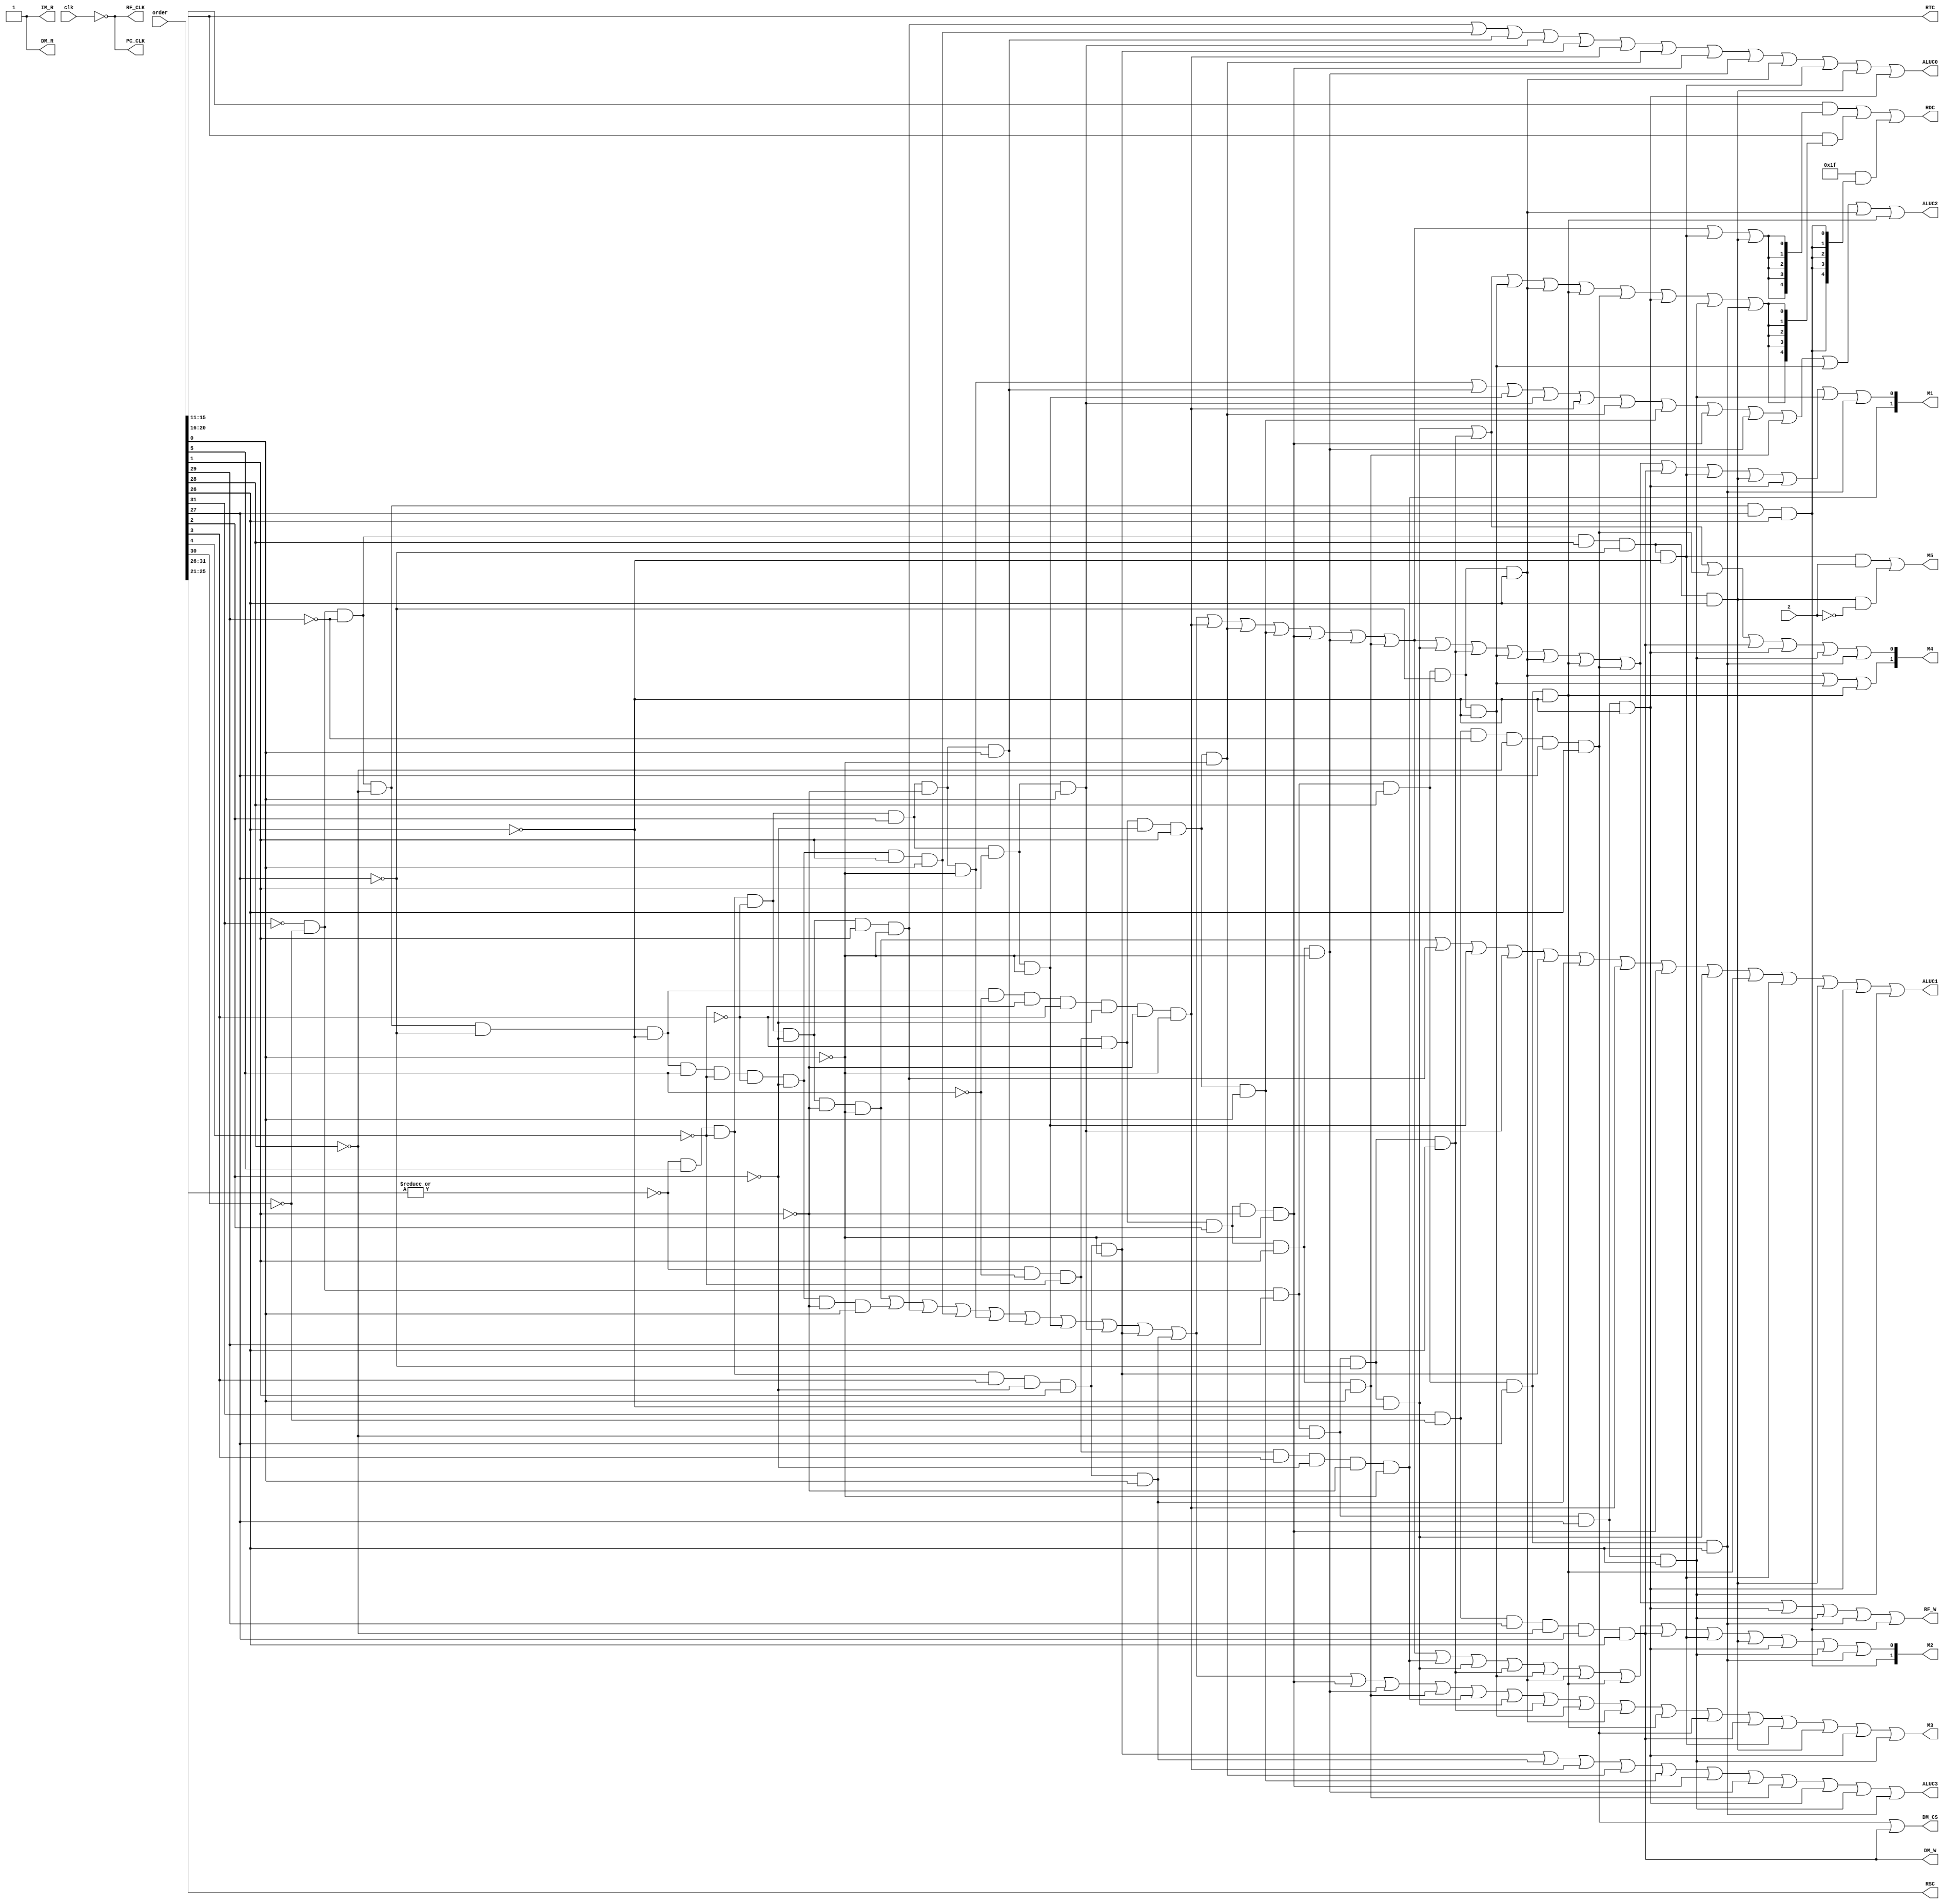
`timescale 1ns / 1ps
//////////////////////////////////////////////////////////////////////////////////
// Company: 
// Engineer: 
// 
// Design Name: 
// Module Name:    control 
// Project Name: 
// Target Devices: 
// Tool versions: 
// Description: 
//
// Dependencies: 
//
// Revision: 
// Revision 0.01 - File Created
// Additional Comments: 
//
//////////////////////////////////////////////////////////////////////////////////
module control(
	 input [31:0] order,
	 input clk,
	 input z,
	 output PC_CLK,
	 output IM_R,
	 output [4:0] RSC,
	 output [4:0] RTC,
	 output M3,
	 output [1:0] M4,
	 output ALUC3,
	 output ALUC2,
	 output ALUC1,
	 output ALUC0,
	 output [1:0] M2,
	 output [4:0] RDC,
	 output RF_W,
	 output RF_CLK,
	 output M5,
	 output [1:0] M1,
	 output DM_CS,
	 output DM_R,
	 output DM_W
    );
	 wire [5:0] op = order[31:26];
	 wire [5:0] func = order[5:0];
	 wire r_type = ~|op;
	 
	 wire op_addu = ~order[31]&~order[30]&~order[29]&~order[28]&~order[27]&~order[26]&order[5]&~order[4]&~order[3]&~order[2]&~order[1]&order[0];  //op_0 addu
	 //wire op_0=r_type&func[5]&~func[4]&~func[3]&~func[2]&~func[1]&func[0];

	 wire op_subu = ~order[31]&~order[30]&~order[29]&~order[28]&~order[27]&~order[26]&order[5]&~order[4]&~order[3]&~order[2]&order[1]&order[0];  //op_1 sub
	 //wire op_1=r_type&func[5]&~func[4]&~func[3]&~func[2]&func[1]&func[0];

	 wire op_ori = ~order[31]&~order[30]&order[29]&order[28]&~order[27]&order[26];  //op_2 ori
    //wire op_2=~op[5]&~op[4]&op[3]&op[2]&~op[1]&op[0];
	 
	 wire op_sll = ~order[31]&~order[30]&~order[29]&~order[28]&~order[27]&~order[26]&~order[5]&~order[4]&~order[3]&~order[2]&~order[1]&~order[0]; // op_3 sll
	 //wire op_3=r_type&~func[5]&~func[4]&~func[3]&~func[2]&~func[1]&~func[0];
	 
	 wire op_beq = ~order[31]&~order[30]&~order[29]&order[28]&~order[27]&~order[26];  //op_4 beq
	 //wire op_4=~op[5]&~op[4]&~op[3]&op[2]&~op[1]&~op[0];

	

	 wire op_lw = order[31]&~order[30]&~order[29]&~order[28]&order[27]&order[26];  //op_6 LW
	 //wire op_6=op[5]&~op[4]&~op[3]&~op[2]&op[1]&op[0];
	 
	 wire op_sw = order[31]&~order[30]&order[29]&~order[28]&order[27]&order[26];  //op_7 SW
	// wire op_7=op[5]&~op[4]&op[3]&~op[2]&op[1]&op[0];
	 
    wire op_add = r_type & func[5]&~func[4]&~func[3]&~func[2]&~func[1]&~func[0]; // add 000000 100000
	 wire op_sub = r_type & func[5]&~func[4]&~func[3]&~func[2]&func[1]&~func[0]; // sub 000000 100010
	 wire op_and = r_type & func[5]&~func[4]&~func[3]&func[2]&~func[1]&~func[0]; // and 000000 100100
	 wire op_or = r_type & func[5]&~func[4]&~func[3]&func[2]&~func[1]&func[0];   // or 000000 100101
	 wire op_xor = r_type & func[5]&~func[4]&~func[3]&func[2]&func[1]&~func[0];  // xor 000000 100110
	 wire op_nor = r_type & func[5]&~func[4]&~func[3]&func[2]&func[1]&func[0];   // nor 000000 100111
	 wire op_slt = r_type & func[5]&~func[4]&func[3]&~func[2]&func[1]&~func[0];  //slt 000000 101010
	 wire op_sltv = r_type & func[5]&~func[4]&func[3]&~func[2]&func[1]&func[0];  //sltv 000000 101011
	 //wire op_sll = r_type & ~func[5]&func[4]&func[3]&func[2]&func[1]&func[0];
	 wire op_srl = r_type & ~func[5]&~func[4]&~func[3]&~func[2]&func[1]&~func[0];  //srl 000010
	 wire op_sra = r_type & ~func[5]&~func[4]&~func[3]&~func[2]&func[1]&func[0];   //sra 000011
	 wire op_sllv = r_type & ~func[5]&~func[4]&~func[3]&func[2]&~func[1]&~func[0]; //sllv 000100
	 wire op_srlv = r_type & ~func[5]&~func[4]&~func[3]&func[2]&func[1]&~func[0]; //srlv 000110
	 wire op_srav = r_type & ~func[5]&~func[4]&~func[3]&func[2]&func[1]&func[0];   //srlv 000111 
	 wire op_jr = r_type & ~func[5]&~func[4]&func[3]&~func[2]&~func[1]&~func[0];      // j 001000
	 
	 wire op_addi = ~op[5]&~op[4]&op[3]&~op[2]&~op[1]&~op[0];  //addi 001000
	 wire op_addiu = ~op[5]&~op[4]&op[3]&~op[2]&~op[1]&op[0];  //addiu 001001
	 wire op_andi =  ~op[5]&~op[4]&op[3]&op[2]&~op[1]&~op[0];  //andi 001100
	 wire op_xori = ~op[5]&~op[4]&op[3]&op[2]&op[1]&~op[0];    //xori 001110
    wire op_bne = ~op[5]&~op[4]&~op[3]&op[2]&~op[1]&op[0];  //bne 000101
	 wire op_slti = ~op[5]&~op[4]&op[3]&~op[2]&op[1]&~op[0];  //slti 001010
	 wire op_sltiu = ~op[5]&~op[4]&op[3]&~op[2]&op[1]&op[0];  //sltiu 001011
	 wire op_lui = ~op[5]&~op[4]&op[3]&op[2]&op[1]&op[0];     //lui 001111
	 
	 wire op_J = ~order[31]&~order[30]&~order[29]&~order[28]&order[27]&~order[26];  //op_5 J target
	 //wire op_5=~op[5]&~op[4]&~op[3]&~op[2]&op[1]&~op[0];
	 wire op_jal = ~op[5]&~op[4]&~op[3]&~op[2]&op[1]&op[0];    //jal 000011
	 
	 
	 
	 assign PC_CLK = ~clk;
	 assign IM_R = 1'b1;
	 assign RSC = order[25:21];
	 assign RTC = order[20:16];
	 assign ALUC3 = op_slt|op_sltv|op_sll|op_srl|op_sra|op_sllv|op_srlv|op_srav|op_slti|op_sltiu|op_lui;
	 assign ALUC2 = op_and|op_or|op_xor|op_nor|op_sll|op_srl|op_sra|op_sllv|op_srlv|op_srav|op_andi|op_ori|op_xori;
	 assign ALUC1 = op_add|op_sub|op_xor|op_nor|op_slt|op_sltv|op_sll|op_sllv|op_addi|op_xori|op_beq|op_bne|op_slti|op_sltiu;
	 assign ALUC0 = op_sub|op_subu|op_or|op_nor|op_slt|op_sll|op_srl|op_sllv|op_srlv|op_ori|op_beq|op_bne|op_slti;
	 
	 assign M1[0]= op_add|op_addu|op_sub|op_subu|op_and|op_or|op_xor|op_nor|op_slt|op_sltv|op_sll|op_srl|op_sra|op_sllv|op_srlv|op_srav|op_addi|op_addiu|op_andi|op_ori|op_xori|op_lw|op_sw|op_beq|op_bne|op_slti|op_sltiu|op_lui;
	 assign M1[1] = op_jr; 
	 assign M2[0]= op_add|op_addu|op_sub|op_subu|op_and|op_or|op_xor|op_nor|op_slt|op_sltv|op_sll|op_srl|op_sra|op_sllv|op_srlv|op_srav|op_jr|op_addi|op_addiu|op_andi|op_ori|op_xori|op_sw|op_beq|op_bne|op_slti|op_sltiu|op_lui;
	 assign M2[1] = op_jal;
	 assign M3 = op_add|op_addu|op_sub|op_subu|op_and|op_or|op_xor|op_nor|op_slt|op_sltv|op_sllv|op_srlv|op_srav|op_jr|op_addi|op_addiu|op_andi|op_ori|op_xori|op_lw|op_sw|op_beq|op_bne|op_slti|op_sltiu;
	 assign M4[0] = op_addi|op_addiu|op_lw|op_sw|op_slti|op_sltiu|op_lui;
	 assign M4[1] = op_ori|op_andi|op_xori;
	 assign M5 = op_beq&z|op_bne&~z; // ~(op_bne&z) 1;
	 
	 assign RDC=(order[15:11]&{5{op_add|op_addu|op_sub|op_subu|op_and|op_or|op_xor|op_nor|op_slt|op_sltv|op_sll|op_srl|op_sra|op_sllv|op_srlv|op_srav|op_beq|op_bne}})|(order[20:16]&{5{op_addi|op_addiu|op_andi|op_ori|op_xori|op_lw|op_slti|op_sltiu|op_lui}})|(5'b11111&{5{op_jal}});
	 //assign RDC = (order[15:11]&(op_0|op_1|op_3|op_4))|(order[20:16]&(op_2|op_6));
	 assign RF_W = op_add|op_addu|op_sub|op_subu|op_and|op_or|op_xor|op_nor|op_slt|op_sltv|op_sll|op_srl|op_sra|op_sllv|op_srlv|op_srav|op_addi|op_addiu|op_andi|op_ori|op_xori|op_lw|op_slti|op_sltiu|op_lui|op_jal;
	 assign RF_CLK = ~clk;
	 assign DM_CS = op_lw|op_sw;
	 //assign DM_R = op_lw;
	 assign DM_R = 1;
	 assign DM_W = op_sw;
	 //assign M6 = op_2||op_6;
	 

endmodule